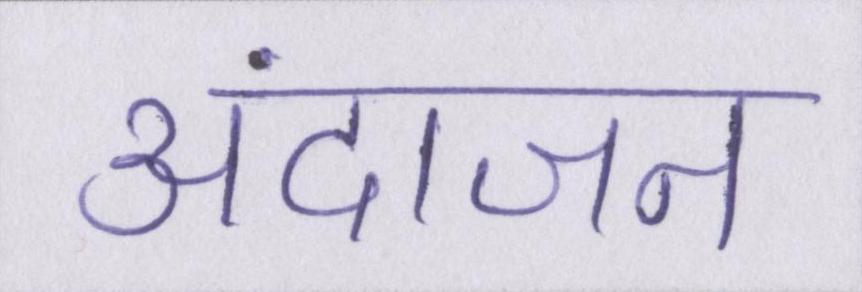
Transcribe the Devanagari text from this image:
अंदाजन